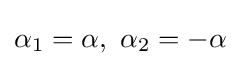
\alpha _{1}=\alpha ,\ \alpha _{2}=-\alpha